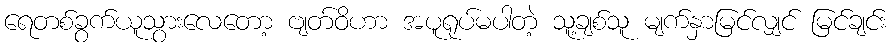
ရေတစ်ခွက်ယူသွားလေတော့ ဗျတ်ဝိဟာ အပူရုပ်မပါတဲ့ သူ့ချစ်သူ မျက်နှာမြင်လျှင် မြင်ချင်း